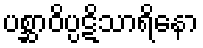
ပစ္ဆာဝိပ္ပဋိသာရိနော